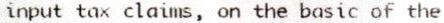
INPUT TAX CLAIMS, ON THE BASIC OF THE